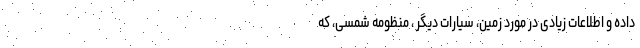
داده و اطلاعات زیادی در مورد زمین، سیارات دیگر ، منظومه‌ شمسی، که